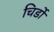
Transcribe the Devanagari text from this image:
चिर्डो